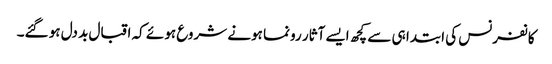
کانفرنس کی ابتدا ہی سے کچھ ایسے آثار رونما ہونے شروع ہوئے کہ اقبال بد دل ہو گئے۔